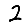
Digit: 2